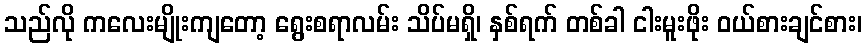
သည်လို ကလေးမျိုးကျတော့ ရွေးစရာလမ်း သိပ်မရှိ၊ နှစ်ရက် တစ်ခါ ငါးမူးဖိုး ဝယ်စားချင်စား၊